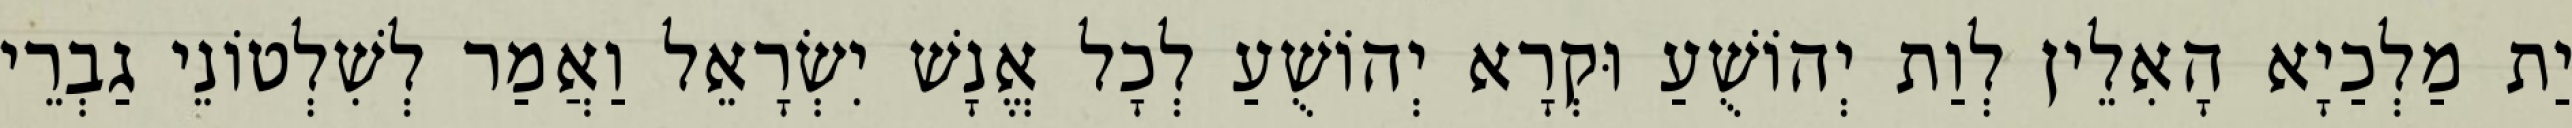
יַת מַלְכַיָא הָאִלֵין לְוַת יְהוֹשֻׁעַ וּקְרָא יְהוֹשֻׁעַ לְכָל אֱנָשׁ יִשְׂרָאֵל וַאֲמַר לְשִׁלְטוֹנֵי גַבְרֵי